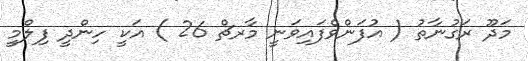
މަދޫ ރަގުނާތު ( އުފަންވެފައިވަނީ މާރޗް 26 ) އަކީ ހިންދީ ފިލްމީ